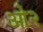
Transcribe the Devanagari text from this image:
ओ२